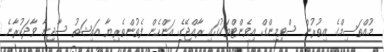
މުއްތަސިމްގެ އިތުރުން ސްވިމިންގް އިވެންޓްތަކުގައި ރާއްޖޭގެ އަންހެން ފެތުންތެރިޔާ އައިޝަތު ސާޖިނާ ވާދަކުރާނެ